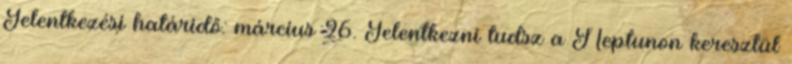
Jelentkezési határidő: március 26. Jelentkezni tudsz a Neptunon keresztül